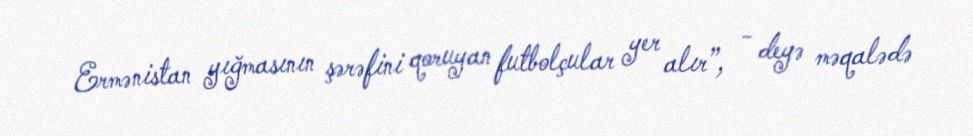
Ermənistan yığmasının şərəfini qoruyan futbolçular yer alır”, - deyə məqalədə